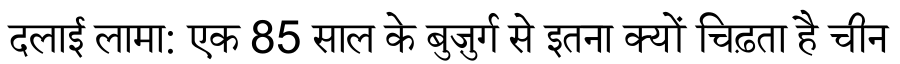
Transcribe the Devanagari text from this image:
दलाई लामा: एक 85 साल के बुज़ुर्ग से इतना क्यों चिढ़ता है चीन